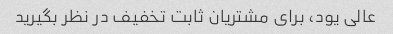
عالی یود، برای مشتریان ثابت تخفیف در نظر بگیرید